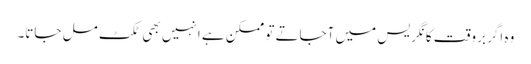
وہ اگر بروقت کانگریس میں آجاتے تو ممکن ہے انہیں بھی ٹکٹ مل جاتا۔